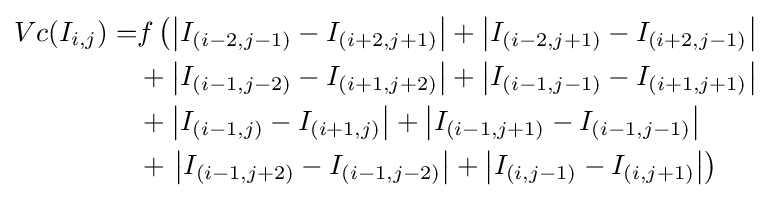
{\begin{aligned}Vc(I_{i,j})=&f\left(\left\vert I_{(i-2,j-1)}-I_{(i+2,j+1)}\right\vert +\left\vert I_{(i-2,j+1)}-I_{(i+2,j-1)}\right\vert \right.\\&+\left\vert I_{(i-1,j-2)}-I_{(i+1,j+2)}\right\vert +\left\vert I_{(i-1,j-1)}-I_{(i+1,j+1)}\right\vert \\&+\left\vert I_{(i-1,j)}-I_{(i+1,j)}\right\vert +\left\vert I_{(i-1,j+1)}-I_{(i-1,j-1)}\right\vert \\&+\left.\left\vert I_{(i-1,j+2)}-I_{(i-1,j-2)}\right\vert +\left\vert I_{(i,j-1)}-I_{(i,j+1)}\right\vert \right)\end{aligned}}